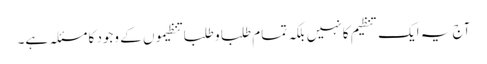
آج یہ ایک تنظیم کا نہیں بلکہ تمام طلبا و طلبا تنظیموں کے وجود کا مسئلہ ہے۔